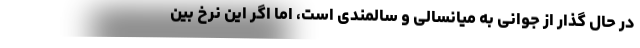
در حال گذار از جوانی به میانسالی و سالمندی است، اما اگر این نرخ بین